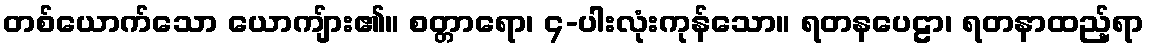
တစ်ယောက်သော ယောကျ်ား၏။ စတ္တာရော၊ ၄-ပါးလုံးကုန်သော။ ရတနပေဠာ၊ ရတနာထည့်ရာ